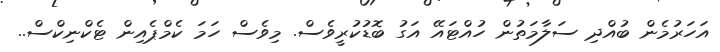
އަހަރުމެން ބުއްދި ސަލާމަތުން ހުއްޓައޭ އަގު ބޮޑުކުރީވެސް. މިވެސް ހަމަ ކެމްޕެއިން ޓެކްނިކްސް..